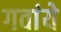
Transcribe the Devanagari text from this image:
गवांये